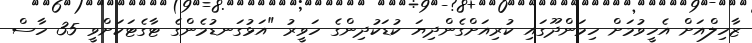
ޒާހިލްއަށް އެހީވުމަށް ހިމަންދޫގައި ކުރިއަށްގެންދިޔަ ކުޑަކުދިންގެ ހަވީރު "އަޅުގަނޑުމެންގެ ޓާގެޓަކަށްވީ 35 ހާސް